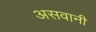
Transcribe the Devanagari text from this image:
असवानी